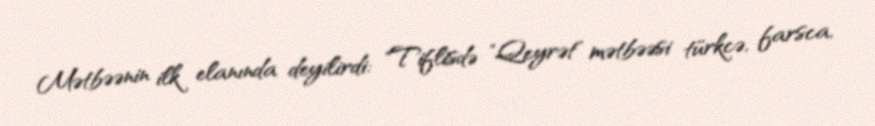
Mətbəənin ilk elanında deyilirdi: "Tiflisdə "Qeyrət" mətbəəsi türkcə, farsca,